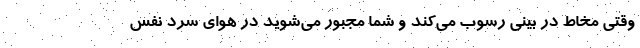
وقتی مخاط در بینی رسوب می‌کند و شما مجبور می‌شوید در هوای سرد نفس